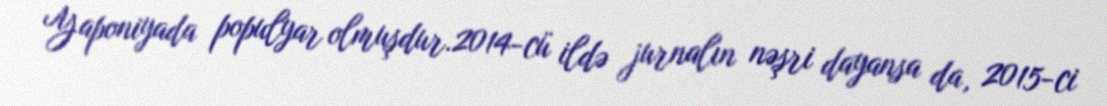
Yaponiyada populyar olmuşdur.2014-cü ildə jurnalın nəşri dayansa da, 2015-ci